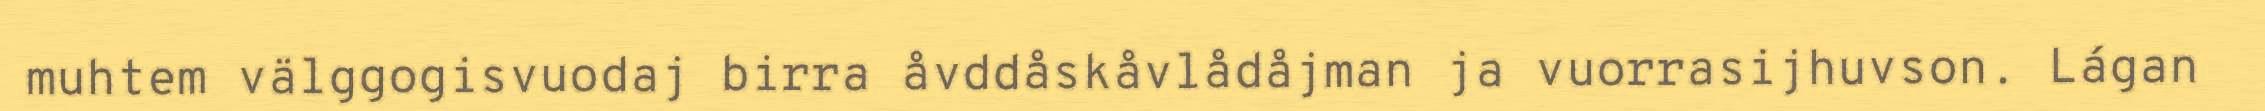
muhtem välggogisvuodaj birra åvddåskåvlådåjman ja vuorrasijhuvson. Lágan